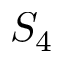
S _ { 4 }